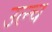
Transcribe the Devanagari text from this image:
उल्च